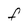
Character: F